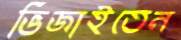
ভিজাইতেন